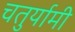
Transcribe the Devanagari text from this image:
चतुर्यामी